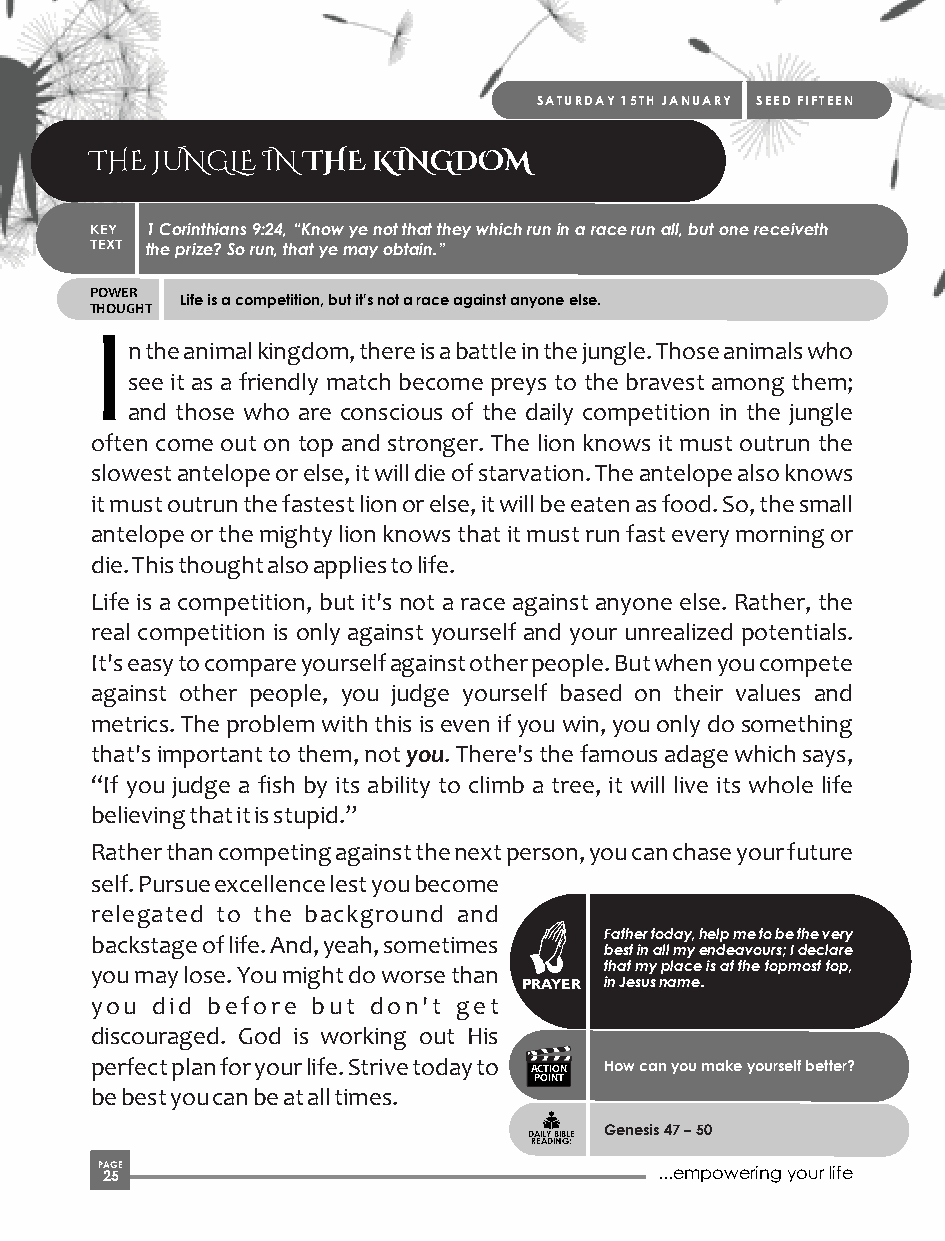
SATURDAY 15TH JANUARY SEED FIFTEEN
 THE JUNGLE IN THE  KINGDOM
 KEY 1 Corinthians 9:24, “Know ye not that they which run in a race run all, but one receiveth
 TEXT the prize? So run, that ye may obtain.”
 POWER
 Life is a competition, but it's not a race against anyone else.
 THOUGHT
 I
 n the animal kingdom, there is a battle in the jungle. Those animals who
 see it as a friendly match become preys to the bravest among them;
 and those who are conscious of the daily competition in the jungle
 often come out on top and stronger. The lion knows it must outrun the
 slowest antelope or else, it will die of starvation. The antelope also knows
 it must outrun the fastest lion or else, it will be eaten as food. So, the small
 antelope or the mighty lion knows that it must run fast every morning or
 die. This thought also applies to life.
 Life is a competition, but it's not a race against anyone else. Rather, the
 real competition is only against yourself and your unrealized potentials.
 It's easy to compare yourself against other people. But when you compete
 against other people, you judge yourself based on their values and
 metrics. The problem with this is even if you win, you only do something
 that's important to them, not you. There's the famous adage which says,
 “If you judge a fish by its ability to climb a tree, it will live its whole life
 believing that it is stupid.”
 Rather than competing against the next person, you can chase your future
 self. Pursue excellence lest you become
 relegated to the background and
 Father today, help me to be the very
 backstage of life. And, yeah, sometimes
 best in all my endeavours; I declare
 you may lose. You might do worse than that my place is at the topmost top,
 PRAYER in Jesus name.
 you did before but don't get
 discouraged. God is working out His
 perfect plan for your life. Strive today to ACTION How can you make yourself better?
 POINT
 be best you can be at all times.
 Genesis 47 – 50
 DAILY BIBLE
 READING:
 P 2AG 5E                              ...empowering your life